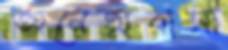
অনেত্মবাসী